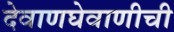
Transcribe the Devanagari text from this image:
देवाणघेवाणीची